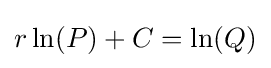
r\ln(P)+C=\ln(Q)